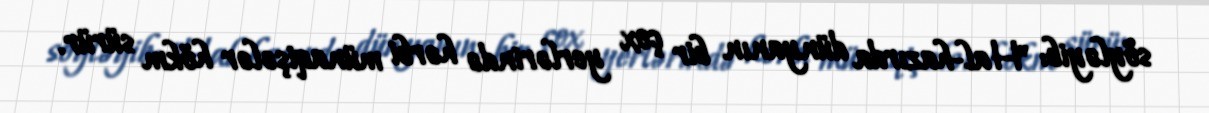
söyləyib: "Hal-hazırda dünyanın bir çox yerlərində hərbi münaqişələr hökm sürür.